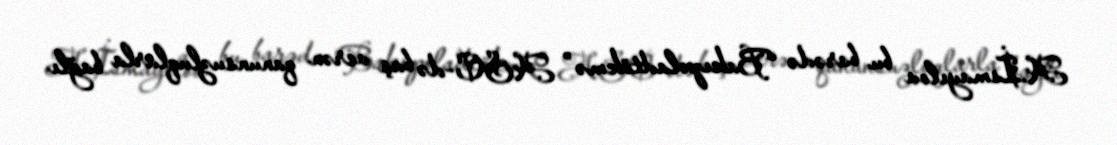
A.İsmayılov bu barədə “Bakıpoladtökmə” ASC-də baş verən qanunsuzluqlarla bağlı